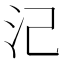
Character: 𣲆